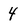
Character: 4